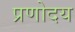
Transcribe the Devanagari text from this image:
प्रणोदय